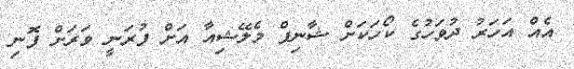
އެއް އަހަރު ދުވަހުގެ ކޯހަކަށް ޝާނިފް މެލޭޝިއާ އަށް ފުރަނީ ވަރަށް ފޮނި